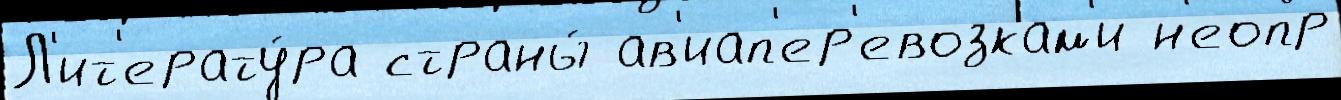
Л'ит'ерату́ра страны́ ав'иап'ер'евозкам'и н'еопр